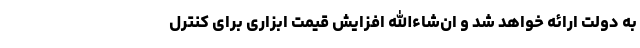
به دولت ارائه خواهد شد و ان‌شاءالله افزایش قیمت ابزاری برای کنترل